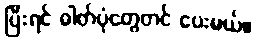
ပြီးရင် ဓါတ်ပုံတွေတင် ပေးမယ်။